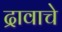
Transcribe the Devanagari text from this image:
द्रावाचे